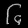
Digit: ၆